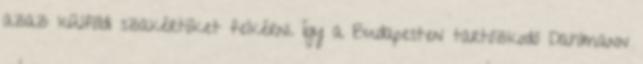
azaz külföldi szakértõket felkérni. Így a Budapesten tartózkodó Dahlmann